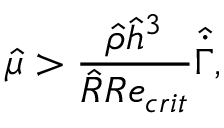
\hat { \mu } > \frac { \hat { \rho } \hat { h } ^ { 3 } } { \hat { R } R e _ { c r i t } } \hat { \dot { \Gamma } } ,